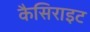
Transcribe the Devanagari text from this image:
कैसिराइट